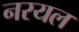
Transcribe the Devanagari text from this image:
नरयल